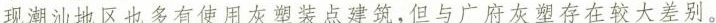
现潮汕地区也多有使用灰塑装点建筑，但与广府灰存在较大差别。